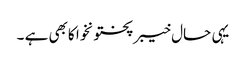
یہی حال خیبرپختونخوا کابھی ہے ۔